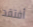
أفتقد